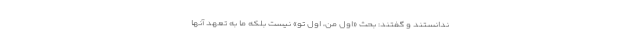
ندانستند و گفتند: بحث «اول من، اول تو» نیست بلکه ما به تعهد آنها